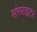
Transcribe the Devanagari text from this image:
सांगराइटर